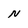
Character: N